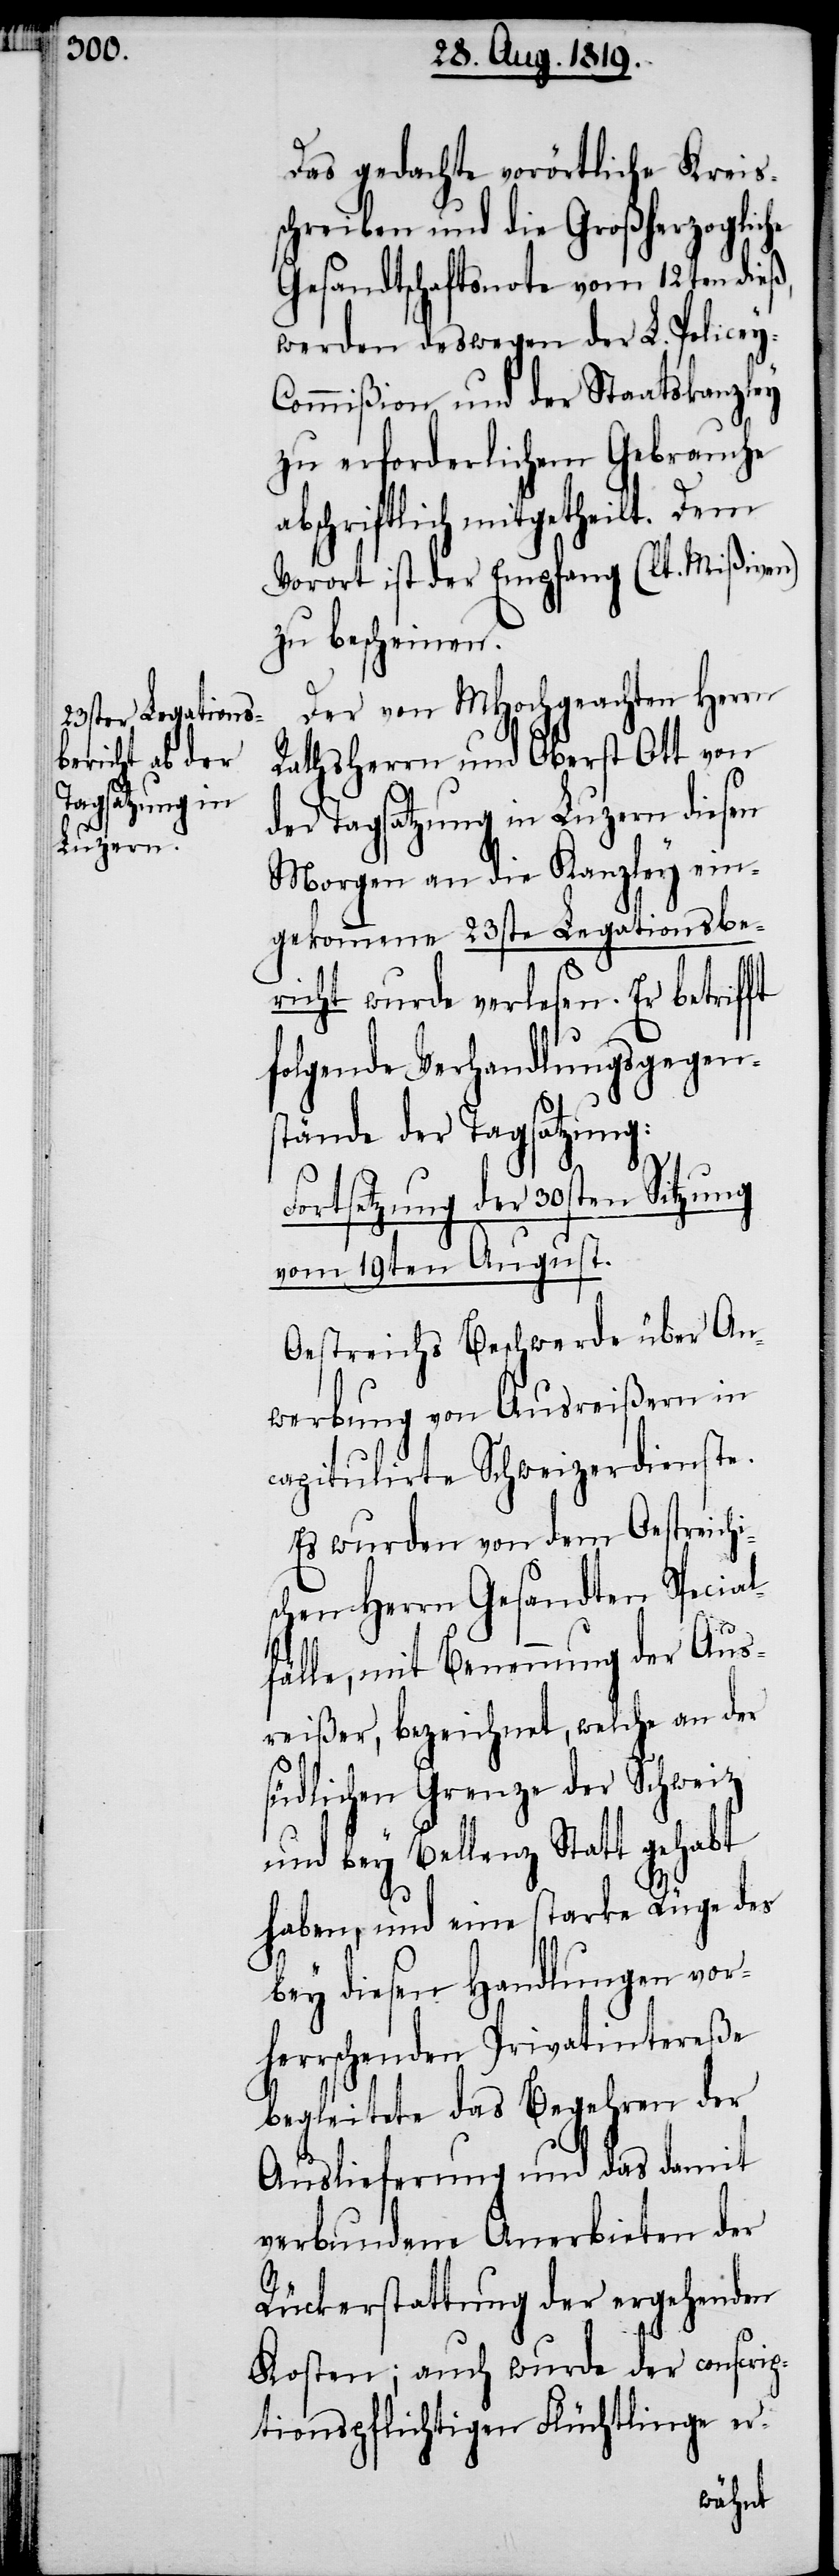
Das gedachte vorörtliche Kreiss¬
chreiben und die Großherzogliche
Gesandtschaftsnote vom 12ten dieß,
werden deswegen der L. Police¬
ommißion und der Staatskanzley
zu erforderlichen Gebrauche
chriftlich mitgetheilt. Dem
Vorort ist der Empfang (lt. Mißiven)
zu bescheinen.
Der von MHochgeachten Herrn
Rathsherrn und Oberst Ott von
der Tagsatzung in Luzern diesen
Morgen an die Kanzley ein¬
gekommene 23ste Legationsbe¬
richt wurde verlesen. Er betrifft
folgende Verhandlungsgegen¬
stände der Tagsatzung:
Fortsetzung der 30sten Sitzung
vom 19ten August.
Oestreichs Beschwerde über An¬
werbung von Ausreißern in
capitulirte Schweizerdienste.
Es wurden von dem Oestreichi¬
schen Herrn Gesandten Special¬
fälle, mit Benennung der Aus¬
reißer, bezeichnet, welche an der
südlichen Grenze der Schweiz
und bey Bellenz Statt gehabt
haben, und eine starke Rüge des
bey diesen Handlungen vor¬
herrschenden Privatintereße
begleitete das Begehren der
Auslieferung und das damit
verbundene Anerbieten der
Rückerstattung der ergehenden
Kosten; auch wurde der conscrip¬
tionspflichtigen Flüchtlinge er-
abs¬